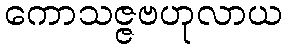
ကောသဇ္ဇဗဟုလာယ